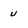
Character: u